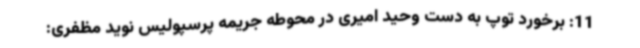
11: برخورد توپ به دست وحید امیری در محوطه جریمه پرسپولیس نوید مظفری: